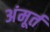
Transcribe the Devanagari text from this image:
अंमूर्त